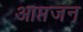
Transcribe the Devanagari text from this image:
आप्तजन